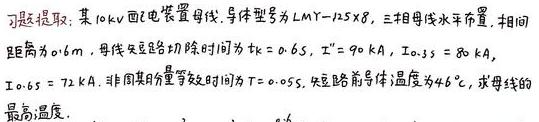
习题提取：某10 kV 配电装置母线，导体型号为LMY - 125×8，三相母线水平布置，相间距离为0.6 m，母线短路切除时间为 \( t_{k}=0.65\ s \)， \( I'' = 90\ kA \)， \( I_{0.35}=80\ kA \)， \( I_{0.65}=72\ kA \)，非周期分量等效时间为 \( T = 0.05\ s \)，短路前导体温度为 \( 46^{\circ}C \)，求母线的最高温度。